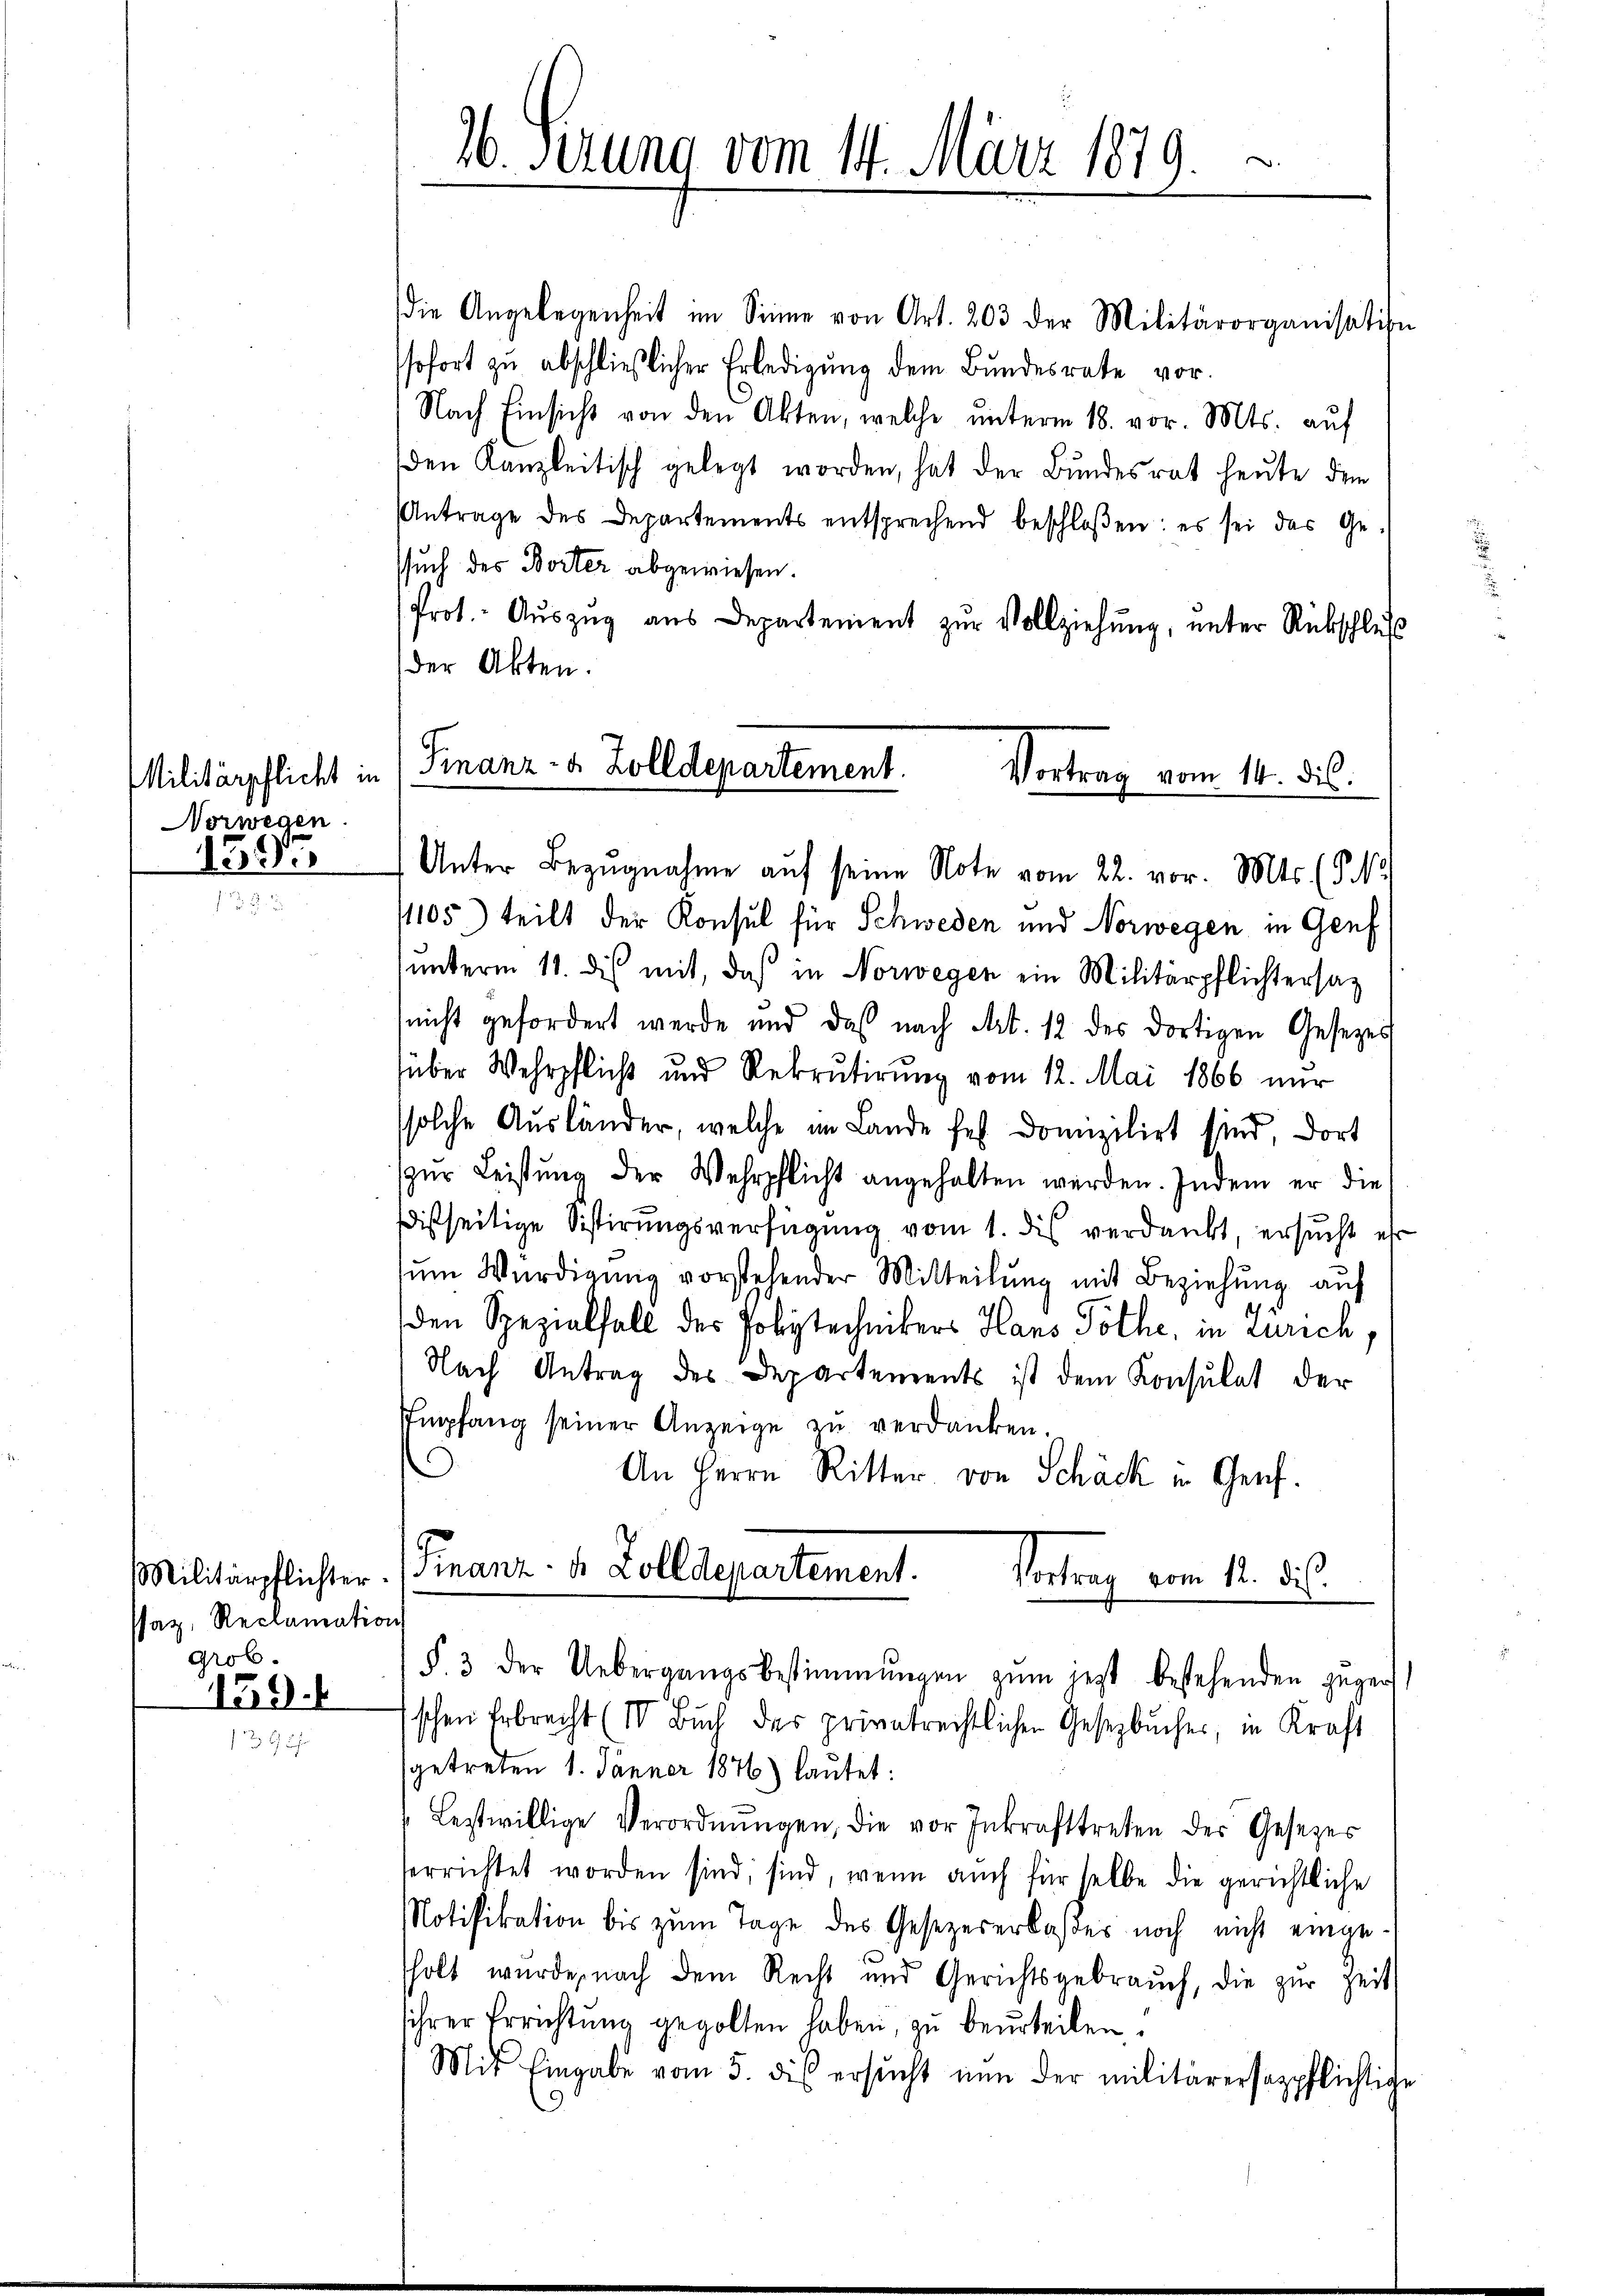
Vorwegen.
1397

Psaz, Reclamation
grob.

159.

26. Sezung vom 14. März 1879.

die Angelegenheit im Sinne von Art. 203 der Militärorganisation
sofort zu abschließlicher Erledigung dem Bundesrate vor.
Nach Einsicht von den Akten, welche unterm 18. vor. Mts. auf
den Kanzleitisch gelegt worden, hat der Bundesrat heute dem
Antrage des Departements entsprechend beschloßen: es sei das Ge-
ssuch des Borter abgewiesen.
Prot. Aŭszŭg aŭs Departement zŭr Vollziehŭng ŭnter Rückschlŭβ
der Akten.
Unter Bezŭgnahme aŭf seine Note vom 22. vor. Mts. (T.
1105.) teilt der Konsul für Schweden und Norwegen in Genf
unterm 11. dis mit, daß in Norwegen ein Militärpflichtersag
(nicht gefordert werde und daß nach Art. 12 des dortigen Gesetzes
über Wehrpflich und Rekrutirung vom 12. Mai 1866 nur
solche Ausländer, welche im Lande fest Domizilirt sind, dort
zŭr Leistŭng der Wehrpflicht angehalten werden. Indem er die
istseitige Sistirungsverfügung vom 1. dis verdankt, ersucht er
ŭm Würdigŭng vorstehender Mitteilŭng mit Beziehŭng auf
den Spezialfall der Polytechnikers Hans Pöthe, in Zürich,
Nach Antrag des Departements ist dem Konsulat der
Empfang seiner Anzeige zu verdanken.
An Herrn Ritter von Schäck in Genf.
Militärpflichter. Finanz- u. Zolldepartement.
Vortrag vom 12. ds.
§. 3 der Uebergangsbestimmungen zŭm jetzt bestehenden zŭger
schen Erbrecht (IV Buch der privatrechtlichen Gesetzbucher, in Kraft
sgetreten 1. Jänner 1876) lautet:
Lestwillige Verordnŭngen, die vor Inkrafttreten der Gesezes
terrichtet worden sind, sind, wenn auch für selbe die gerichtliche
Notifikation bis zum Tage des Gesezererlasser noch nicht eingesholt wurde, nach dem Recht und Gerichtsgebrauch, die zur Zeit
ihrer Errichtung gegolten haben, zu beurteilen.
Mit Eingabe vom 5. dis ersucht nun der militärersezpflichliche

Militärpflicht in (Finanz- & Zolldepartement.
Vortrag vom 14. dis.